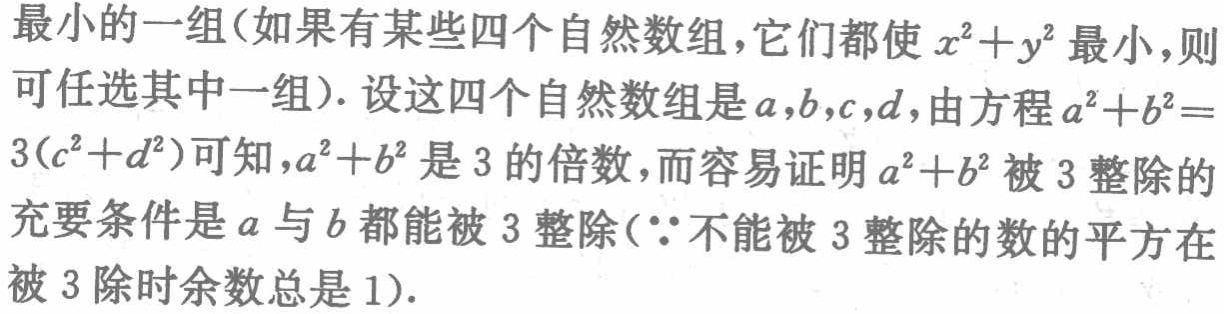
最小的一组(如果有某些四个自然数组，它们都使 \(x^{2}+y^{2}\) 最小，则可任选其中一组). 设这四个自然数组是 \(a,b,c,d\)，由方程 \(a^{2}+b^{2}=3(c^{2}+d^{2})\) 可知，\(a^{2}+b^{2}\) 是 \(3\) 的倍数，而容易证明 \(a^{2}+b^{2}\) 被 \(3\) 整除的充要条件是 \(a\) 与 \(b\) 都能被 \(3\) 整除(\(\because\) 不能被 \(3\) 整除的数的平方在被 \(3\) 除时余数总是 \(1\)).